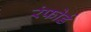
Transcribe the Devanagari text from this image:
रंफोर्ड